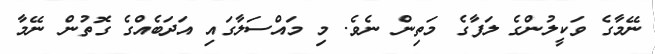
ނޭމާގެ ވަކީލުންގެ ލަފާގެ މަތިން ނެވެ. މި މައްސަލާގައި އަދަބެއްގެ ގޮތުން ނޭމާ